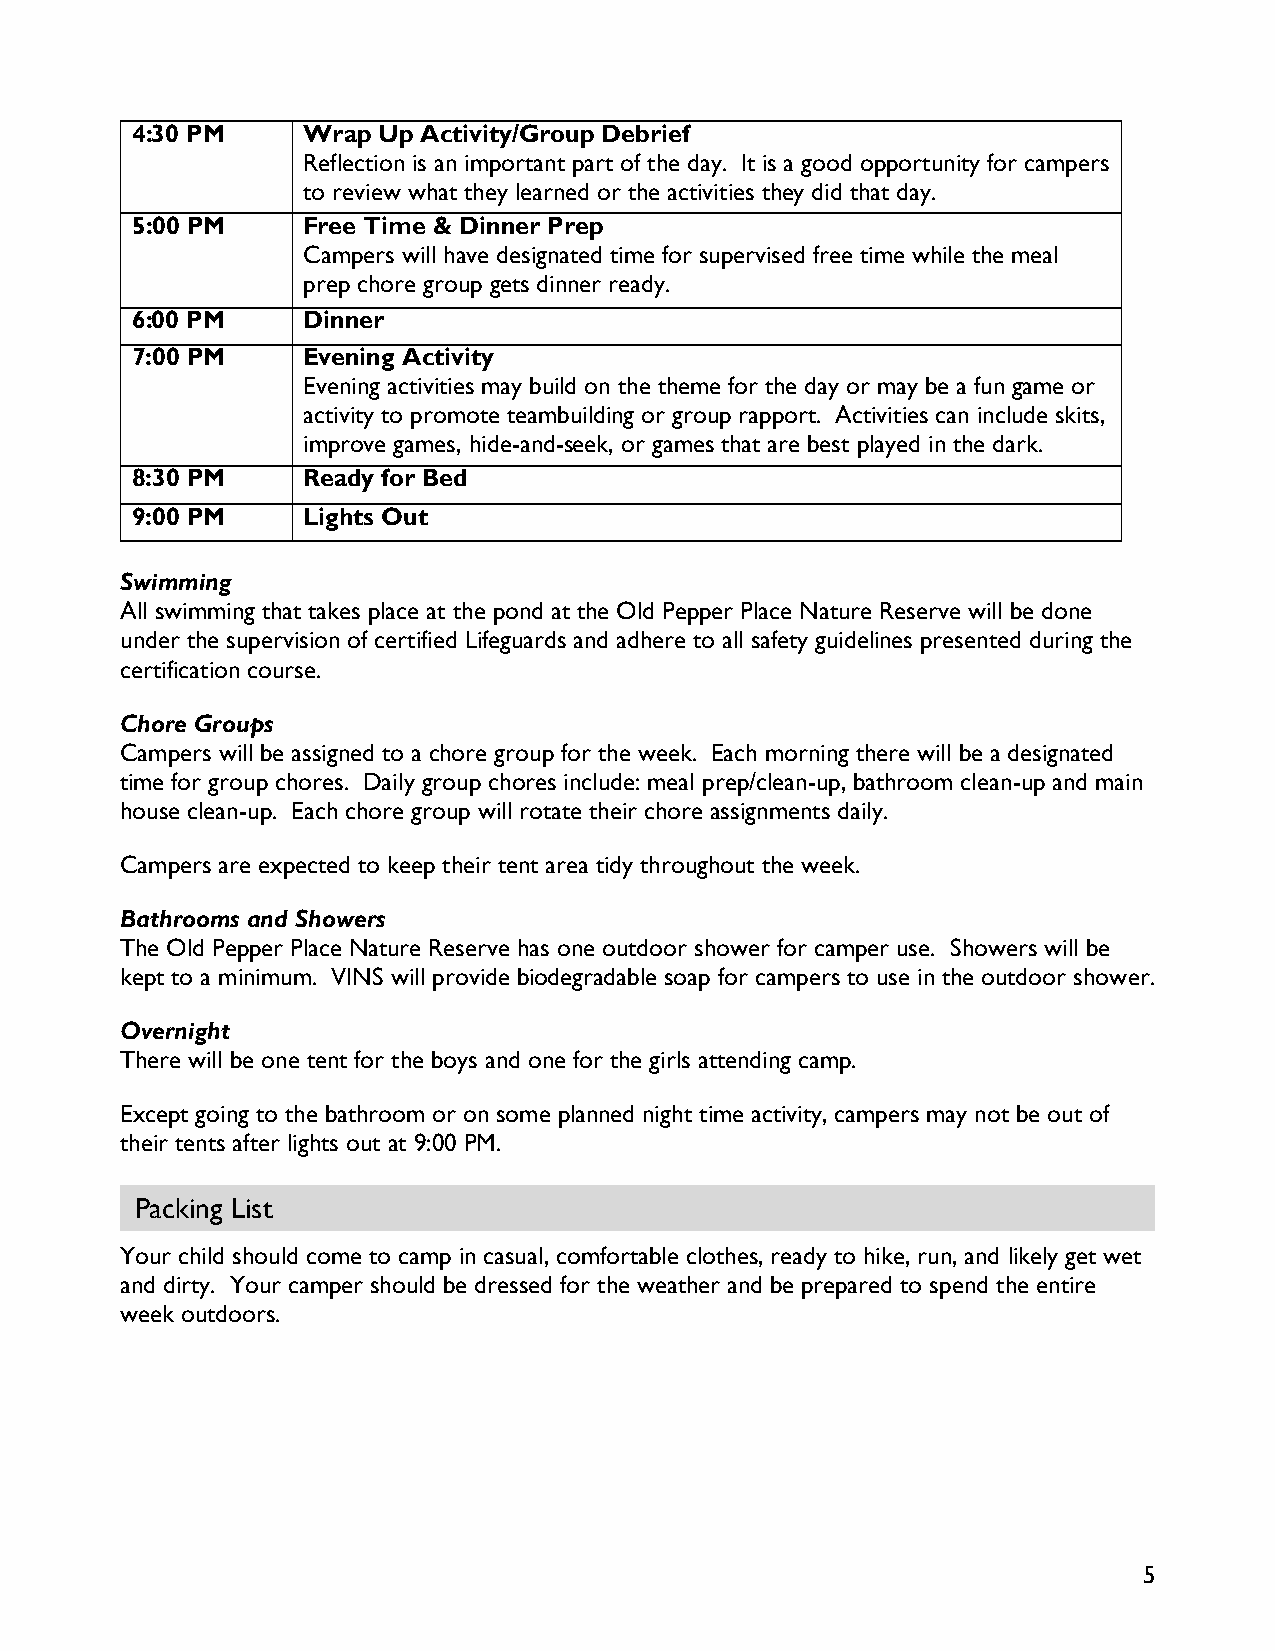
4:30 PM    Wrap Up Activity/Group Debrief
 Reflection is an important part of the day. It is a good opportunity for campers
 to review what they learned or the activities they did that day.
 5:00 PM    Free Time & Dinner Prep
 Campers will have designated time for supervised free time while the meal
 prep chore group gets dinner ready.
 6:00 PM    Dinner
 7:00 PM    Evening Activity
 Evening activities may build on the theme for the day or may be a fun game or
 activity to promote teambuilding or group rapport. Activities can include skits,
 improve games, hide-and-seek, or games that are best played in the dark.
 8:30 PM    Ready for Bed
 9:00 PM    Lights Out
 Swimming
 All swimming that takes place at the pond at the Old Pepper Place Nature Reserve will be done
 under the supervision of certified Lifeguards and adhere to all safety guidelines presented during the
 certification course.
 Chore Groups
 Campers will be assigned to a chore group for the week. Each morning there will be a designated
 time for group chores. Daily group chores include: meal prep/clean-up, bathroom clean-up and main
 house clean-up. Each chore group will rotate their chore assignments daily.
 Campers are expected to keep their tent area tidy throughout the week.
 Bathrooms and Showers
 The Old Pepper Place Nature Reserve has one outdoor shower for camper use. Showers will be
 kept to a minimum. VINS will provide biodegradable soap for campers to use in the outdoor shower.
 Overnight
 There will be one tent for the boys and one for the girls attending camp.
 Except going to the bathroom or on some planned night time activity, campers may not be out of
 their tents after lights out at 9:00 PM.
 Packing List
 Your child should come to camp in casual, comfortable clothes, ready to hike, run, and likely get wet
 and dirty. Your camper should be dressed for the weather and be prepared to spend the entire
 week outdoors.
 5